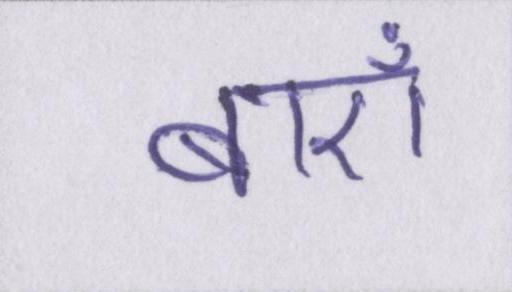
बाएँ